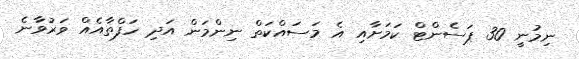
ނިމުނީ 30 ޕަސެންޓް ކަމަށާއި އެ މަަސައްކަތް ނިންމަން އަދި ހަފްތާއެއް ވަރުވާނެ